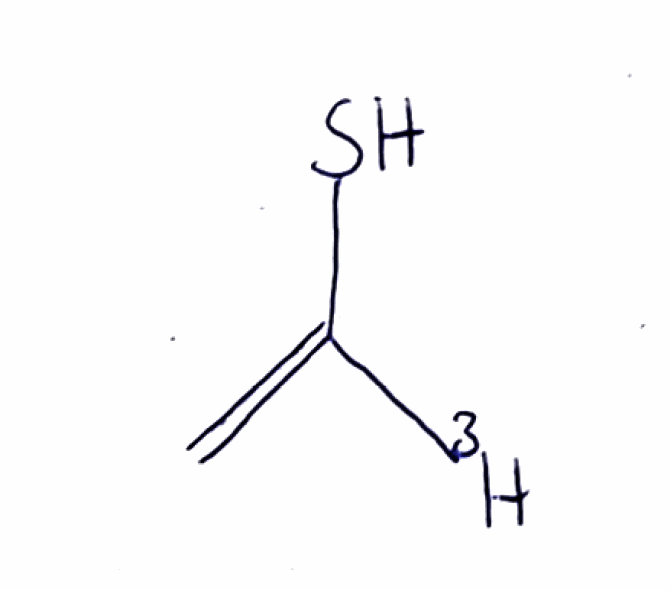
Simplified molecular-input line-entry system (SMILES) notation of the given molecule:
[3H]C(=C)S